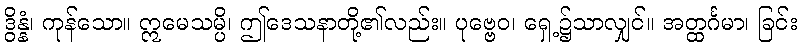
ဒွိန္နံ၊ ကုန်သော။ ဣမေသမ္ပိ၊ ဤဒေသနာတို့၏လည်း။ ပုဗ္ဗေဝ၊ ရှေ့၌သာလျှင်။ အတ္ထင်္ဂမာ၊ ခြင်း